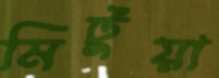
মিটুয়া